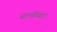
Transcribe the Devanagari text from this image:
प्रान्तीयता